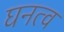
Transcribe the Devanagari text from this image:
घनत्‍व